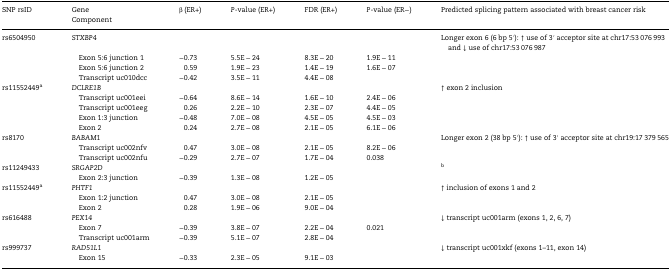
<table><thead><tr><td rowspan="2"><b>SNP rsID</b></td><td><b>Gene</b></td><td rowspan="2"><b>β (ER+)</b></td><td rowspan="2"><b><i>P</i>-value (ER+)</b></td><td rowspan="2"><b>FDR (ER+)</b></td><td rowspan="2"><b><i>P</i>-value (ER−)</b></td><td rowspan="2"><b>Predicted splicing pattern associated with breast cancer risk</b></td></tr><tr><td><b>Component</b></td></tr></thead><tbody><tr><td rowspan="4">rs6504950</td><td><i>STXBP4</i></td><td></td><td></td><td></td><td></td><td>Longer exon 6 (6 bp 5′): ↑ use of 3′ acceptor site at chr17:53 076 993 and ↓ use of chr17:53 076 987</td></tr><tr><td> Exon 5:6 junction 1</td><td>−0.73</td><td>5.5E − 24</td><td>8.3E − 20</td><td>1.9E − 11</td><td></td></tr><tr><td> Exon 5:6 junction 2</td><td>0.59</td><td>1.9E − 23</td><td>1.4E − 19</td><td>1.6E − 07</td><td></td></tr><tr><td> Transcript uc010dcc</td><td>−0.42</td><td>3.5E − 11</td><td>4.4E − 08</td><td></td><td></td></tr><tr><td rowspan="5">rs11552449<sup>a</sup></td><td><i>DCLRE1B</i></td><td></td><td></td><td></td><td></td><td>↑ exon 2 inclusion</td></tr><tr><td> Transcript uc001eei</td><td>−0.64</td><td>8.6E − 14</td><td>1.6E − 10</td><td>2.4E − 06</td><td></td></tr><tr><td> Transcript uc001eeg</td><td>0.26</td><td>2.2E − 10</td><td>2.3E − 07</td><td>4.4E − 05</td><td></td></tr><tr><td> Exon 1:3 junction</td><td>−0.48</td><td>7.0E − 08</td><td>4.5E − 05</td><td>4.5E − 03</td><td></td></tr><tr><td> Exon 2</td><td>0.24</td><td>2.7E − 08</td><td>2.1E − 05</td><td>6.1E − 06</td><td></td></tr><tr><td rowspan="3">rs8170</td><td><i>BABAM1</i></td><td></td><td></td><td></td><td></td><td>Longer exon 2 (38 bp 5′): ↑ use of 3′ acceptor site at chr19:17 379 565</td></tr><tr><td> Transcript uc002nfv</td><td>0.47</td><td>3.0E − 08</td><td>2.1E − 05</td><td>8.2E − 06</td><td></td></tr><tr><td> Transcript uc002nfu</td><td>−0.29</td><td>2.7E − 07</td><td>1.7E − 04</td><td>0.038</td><td></td></tr><tr><td rowspan="2">rs11249433</td><td><i>SRGAP2D</i></td><td></td><td></td><td></td><td></td><td><sup>b</sup></td></tr><tr><td> Exon 2:3 junction</td><td>−0.39</td><td>1.3E − 08</td><td>1.2E − 05</td><td></td><td></td></tr><tr><td rowspan="3">rs11552449<sup>a</sup></td><td><i>PHTF1</i></td><td></td><td></td><td></td><td></td><td>↑ inclusion of exons 1 and 2</td></tr><tr><td> Exon 1:2 junction</td><td>0.47</td><td>3.0E − 08</td><td>2.1E − 05</td><td></td><td></td></tr><tr><td> Exon 2</td><td>0.28</td><td>1.9E − 06</td><td>9.0E − 04</td><td></td><td></td></tr><tr><td rowspan="3">rs616488</td><td><i>PEX14</i></td><td></td><td></td><td></td><td></td><td>↓ transcript uc001arm (exons 1, 2, 6, 7)</td></tr><tr><td> Exon 7</td><td>−0.39</td><td>3.8E − 07</td><td>2.2E − 04</td><td>0.021</td><td></td></tr><tr><td> Transcript uc001arm</td><td>−0.39</td><td>5.1E − 07</td><td>2.8E − 04</td><td></td><td></td></tr><tr><td rowspan="2">rs999737</td><td><i>RAD51L1</i></td><td></td><td></td><td></td><td></td><td>↓ transcript uc001xkf (exons 1–11, exon 14)</td></tr><tr><td> Exon 15</td><td>−0.33</td><td>2.3E − 05</td><td>9.1E − 03</td><td></td><td></td></tr></tbody></table>